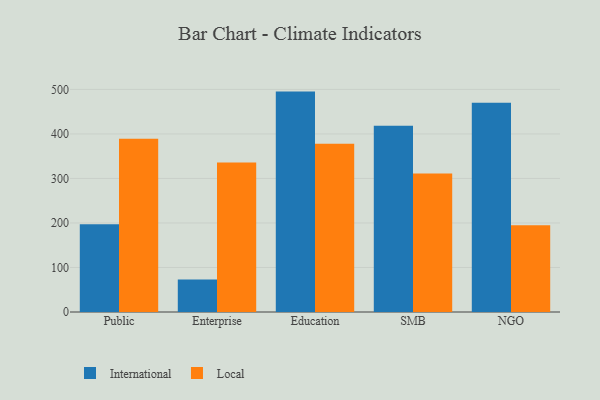
{"axis": {"x": "Segment", "y": "Temperature (°C)"}, "legend": ["International", "Local"], "data": [{"x": "Public", "y": 197.2, "type": "International"}, {"x": "Public", "y": 389.1, "type": "Local"}, {"x": "Enterprise", "y": 73.2, "type": "International"}, {"x": "Enterprise", "y": 335.8, "type": "Local"}, {"x": "Education", "y": 495.1, "type": "International"}, {"x": "Education", "y": 377.9, "type": "Local"}, {"x": "SMB", "y": 418.3, "type": "International"}, {"x": "SMB", "y": 310.9, "type": "Local"}, {"x": "NGO", "y": 470.2, "type": "International"}, {"x": "NGO", "y": 194.9, "type": "Local"}]}